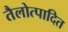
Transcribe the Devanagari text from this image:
तैलोत्पादित